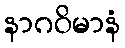
နာဂဝိမာနံ